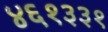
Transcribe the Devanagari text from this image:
४६१३३१